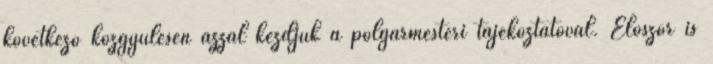
következő közgyűlésen azzal kezdjük a polgármesteri tájékoztatóval. Először is